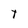
Character: T